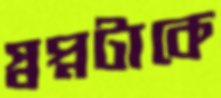
স্বপ্নটাকে